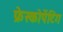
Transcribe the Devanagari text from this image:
फ्रेस्कोपेंटिंग